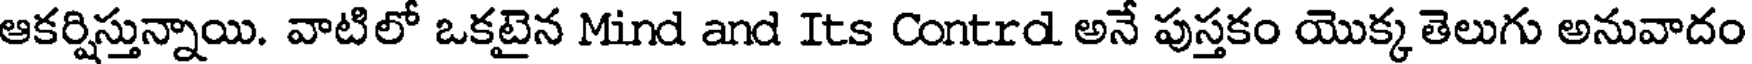
ఆకర్షిస్తున్నాయి. వాటిలో ఒకటైన Mind and Its Contrd అనే పుస్తకం యొక్క తెలుగు అనువాదం